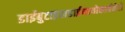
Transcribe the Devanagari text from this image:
डाईबुटाइलडाईथायोकार्बमेटों